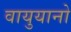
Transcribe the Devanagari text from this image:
वायुयानो